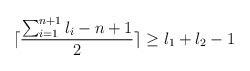
\begin{align*}\lceil \frac{\sum_{i=1}^{n+1} l_i - n+1 }{2} \rceil \ge l_1 + l_2 -1\end{align*}